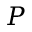
\boldsymbol { P }